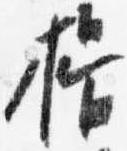
揖